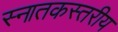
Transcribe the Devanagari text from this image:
स्नातकस्तरीय